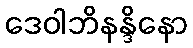
ဒေဝါဘိနန္ဒိနော